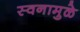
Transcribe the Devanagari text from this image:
स्वनामुळे